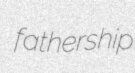
fathership